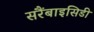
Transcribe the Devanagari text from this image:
सरैंबाइसिडी